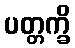
ပတ္တက္ခိ